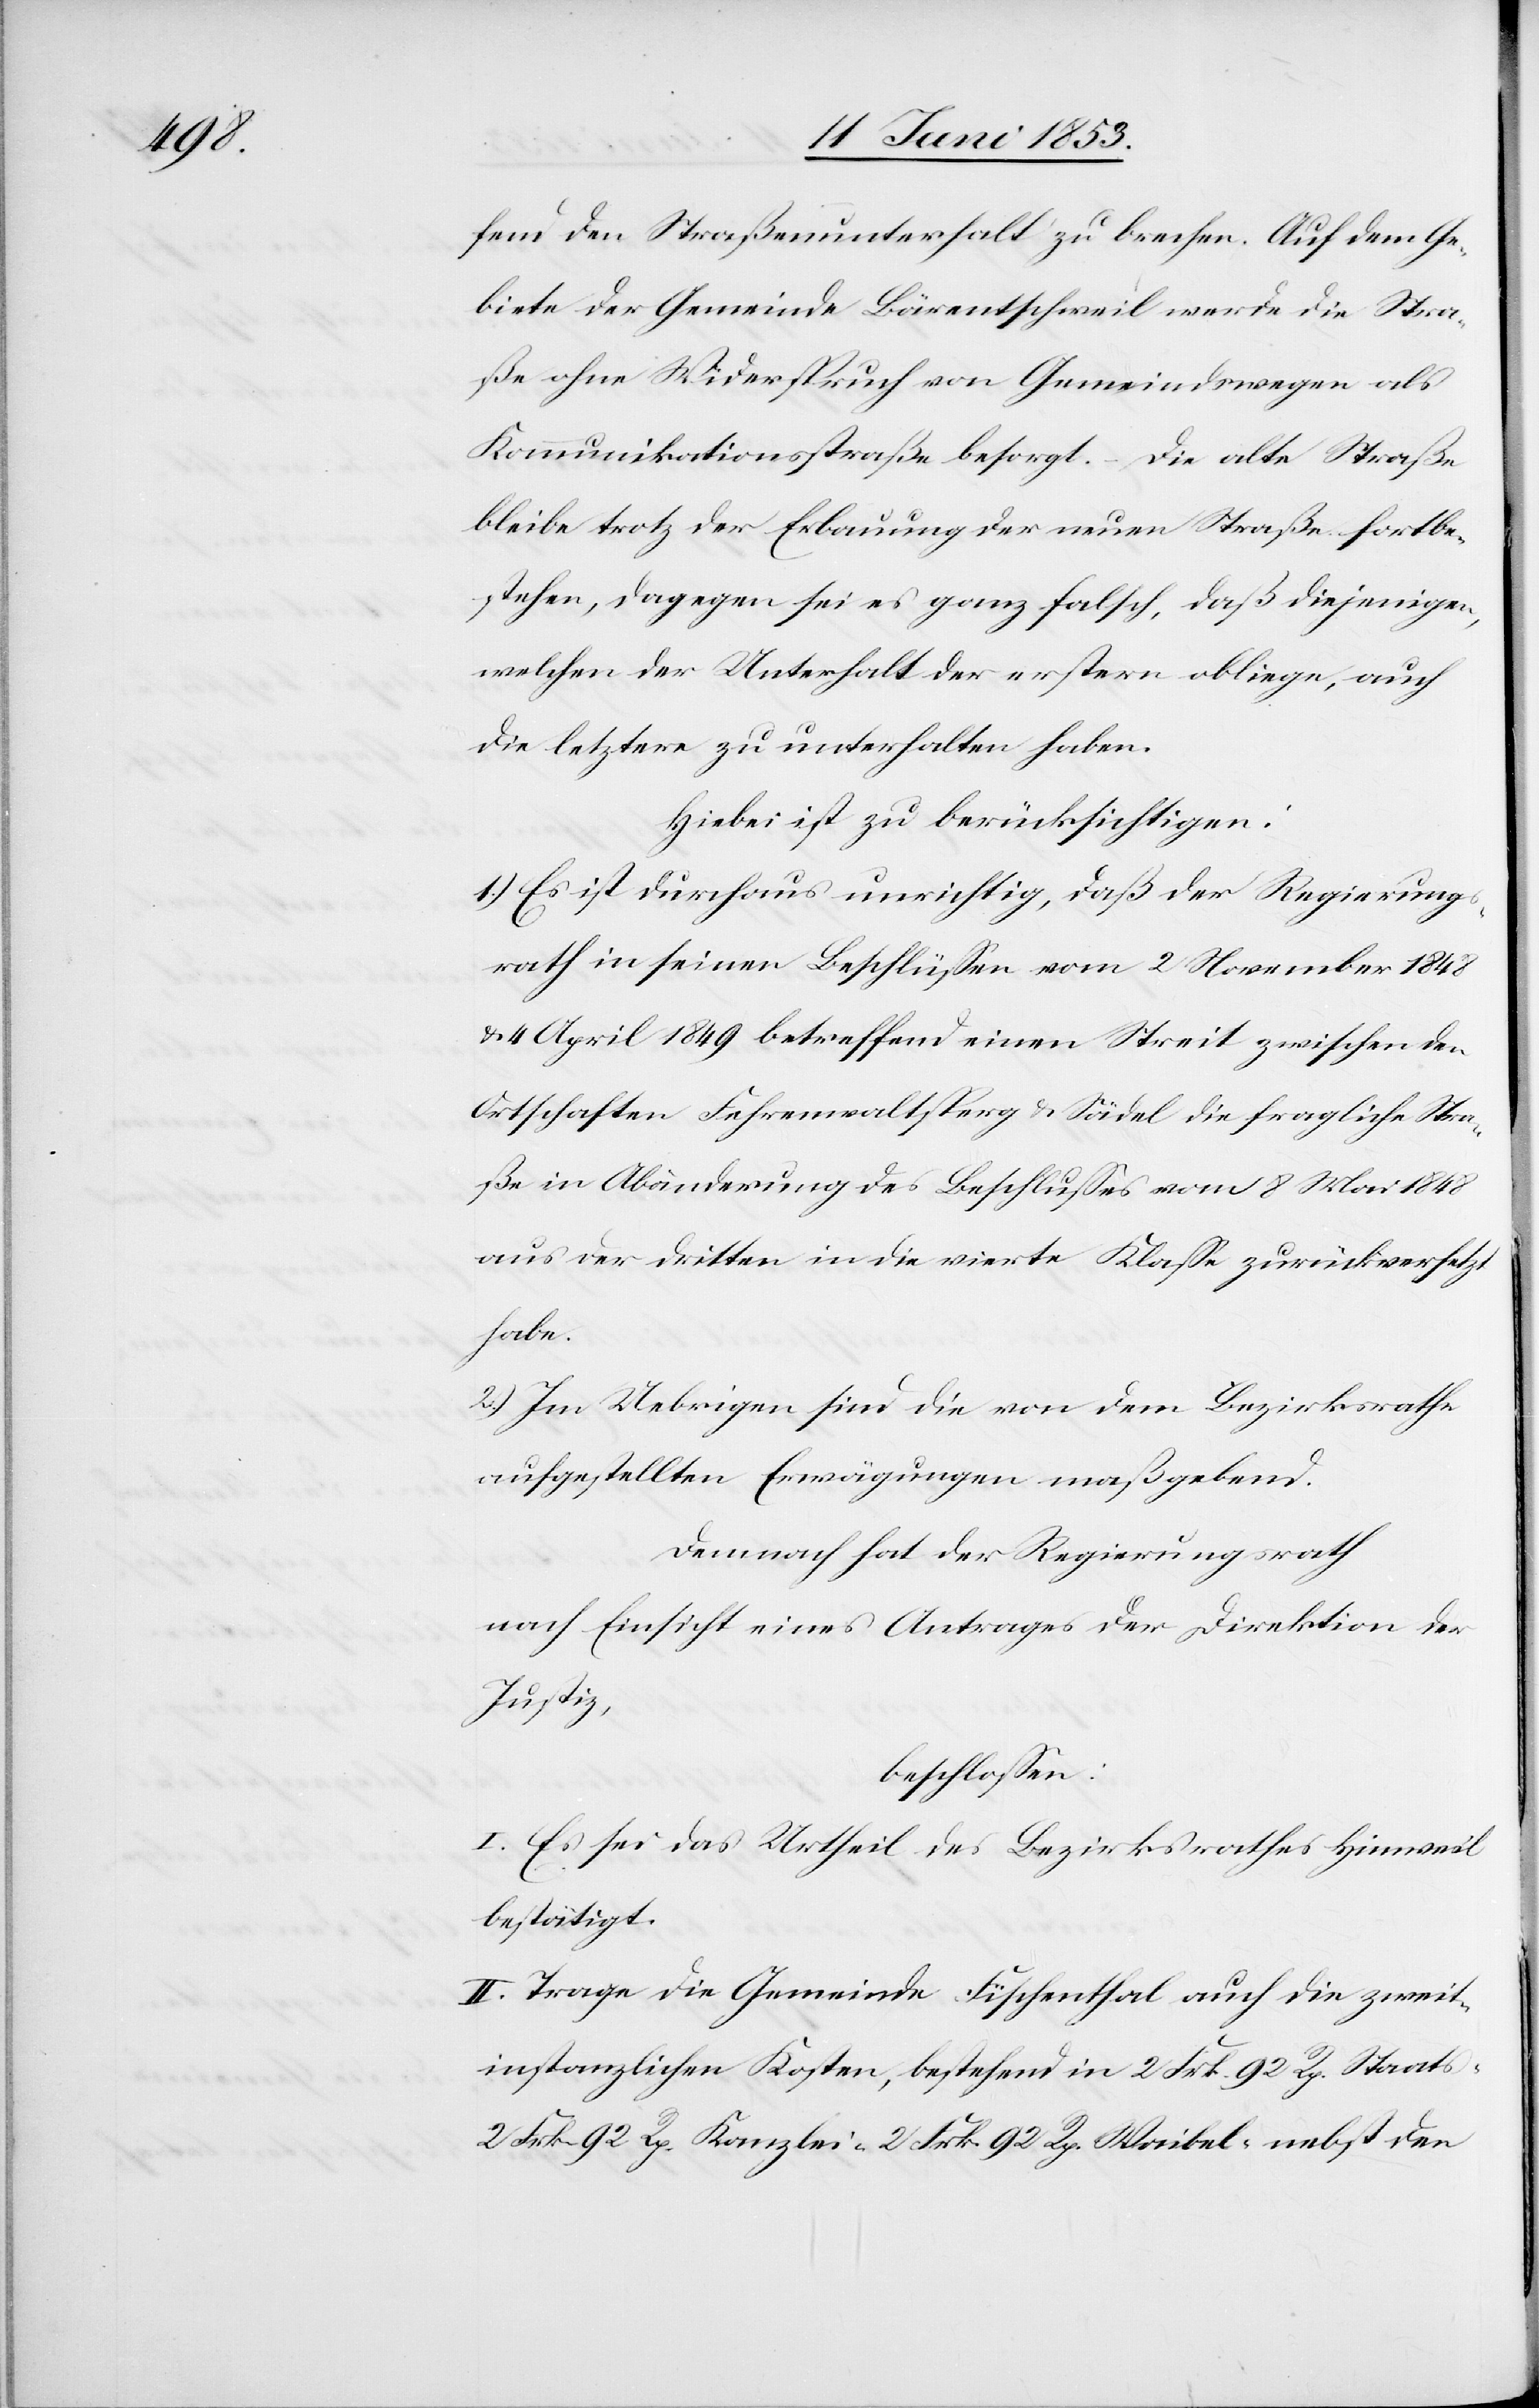
fend den Straßenunterhalt zu brechen. Auf dem Ge¬
biete der Gemeinde Bärentschweil werde die Stra¬
ße ohne Widerspruch von Gemeindswegen als
Kommunikationsstraße besorgt. Die alte Straße
bleibe trotz der Erbauung der neuen Straße fortbe¬
stehen, dagegen sei es ganz falsch, daß diejenigen,
welchen der Unterhalt der erstern obliege, auch
die letztere zu unterhalten haben.
Hiebei ist zu berücksichtigen:
1.) Es ist durchaus unwichtig, daß der Regierungs¬
rath in seinen Beschlüßen vom 2 November 1848
u. 4 April 1849 betreffend einen Streit zwischen den
Ortschaften Fehrenwaltsperg u. Sädel die fragliche Stra¬
ße in Abänderung des Beschlußes vom 8 Mai 1848
aus der dritten in die vierte Klaße zurückversetzt
habe.
2.) Im Uebrigen sind die von dem Bezirksrathe
aufgestellten Erwägungen maßgebend.
Demnach hat der Regierungsrath
nach Einsicht eines Antrages der Direktion der
Justiz,
beschloßen:
I. Es sei das Urtheil des Bezirksrathes Hinweil
bestätigt.
II. Trage die Gemeinde Fischenthal auch die zweit¬
instanzlichen Kosten, bestehend in 2 Frk. 92 Rp. Staats-
2 Frk. 92 Rp. Kanzlei- 2 Frk. 92 Rp. Waibel- nebst den